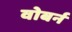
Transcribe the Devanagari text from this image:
वोबर्न